Indian journal of veterinary science and animal husbandry - Volumes 24-25, 1954-1955
Year: 1954
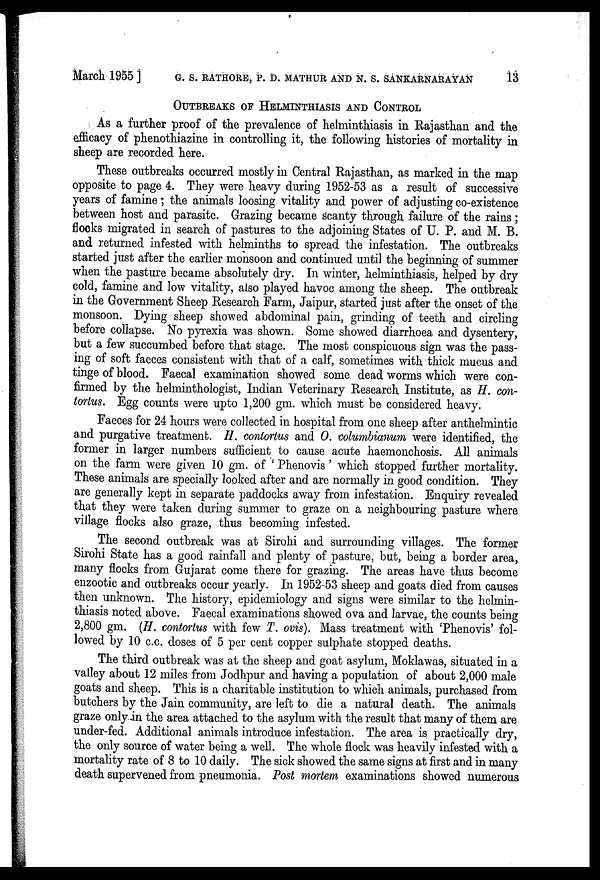
March 1955 ] G. S. RATHORE, P. D. MATHUR AND N. S. SANKARNARAYAN 13
OUTBREAKS OF HELMINTHIASIS AND CONTROL
As a further proof of the prevalence of helminthiasis in Rajasthan and the
efficacy of phenothiazine in controlling it, the following histories of mortality in
sheep are recorded here.
These outbreaks occurred mostly in Central Rajasthan, as marked in the map
opposite to page 4. They were heavy during 1952-53 as a result of successive
years of famine ; the animals loosing vitality and power of adjusting co-existence
between host and parasite. Grazing became scanty through failure of the rains;
flocks migrated in search of pastures to the adjoining States of U. P. and M. B.
and returned infested with helminths to spread the infestation. The outbreaks
started just after the earlier monsoon and continued until the beginning of summer
when the pasture became absolutely dry. In winter, helminthiasis, helped by dry
cold, famine and low vitality, also played havoc among the sheep. The outbreak
in the Government Sheep Research Farm, Jaipur, started just after the onset of the
monsoon. Dying sheep showed abdominal pain, grinding of teeth and circling
before collapse. No pyrexia was shown. Some showed diarrhoea and dysentery,
but a few succumbed before that stage. The most conspicuous sign was the pass-
ing of soft faeces consistent with that of a calf, sometimes with thick mucus and
tinge of blood. Faecal examination showed some dead worms which were con-
firmed by the helminthologist, Indian Veterinary Research Institute, as H. con-
tortus. Egg counts were upto 1,200 gm. which must be considered heavy.
Faeces for 24 hours were collected in hospital from one sheep after anthelmintic
and purgative treatment. H. contortus and O. columbianum were identified, the
former in larger numbers sufficient to cause acute haemonchosis. All animals
on the farm were given 10 gm. of ' Phenovis' which stopped further mortality.
These animals are specially looked after and are normally in good condition. They
are generally kept in separate paddocks away from infestation. Enquiry revealed
that they were taken during summer to graze on a neighbouring pasture where
village flocks also graze, thus becoming infested.
The second outbreak was at Sirohi and surrounding villages. The former
Sirohi State has a good rainfall and plenty of pasture, but, being a border area,
many flocks from Gujarat come there for grazing. The areas have thus become
enzootic and outbreaks occur yearly. In 1952-53 sheep and goats died from causes
then unknown. The history, epidemiology and signs were similar to the helmin-
thiasis noted above. Faecal examinations showed ova and larvae, the counts being
2,800 gm. (H. contortus with few T. ovis). Mass treatment with 'Phenovis' fol-
lowed by 10 c.c. doses of 5 per cent copper sulphate stopped deaths.
The third outbreak was at the sheep and goat asylum, Moklawas, situated in a
valley about 12 miles from Jodhpur and having a population of about 2,000 male
goats and sheep. This is a charitable institution to which animals, purchased from
butchers by the Jain community, are left to die a natural death. The animals
graze only in the area attached to the asylum with the result that many of them are
under-fed. Additional animals introduce infestation. The area is practically dry,
the only source of water being a well. The whole flock was heavily infested with a
mortality rate of 8 to 10 daily. The sick showed the same signs at first and in many
death supervened from pneumonia. Post mortem examinations showed numerous